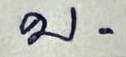
บ.